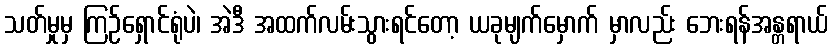
သတ်မှုမှ ကြဉ်ရှောင်ရုံပဲ၊ အဲဒီ အထက်လမ်းသွားရင်တော့ ယခုမျက်မှောက် မှာလည်း ဘေးရန်အန္တရာယ်